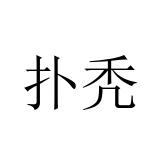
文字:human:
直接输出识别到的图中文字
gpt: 扑秃